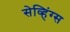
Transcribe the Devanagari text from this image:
सेव्हिंग्स